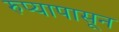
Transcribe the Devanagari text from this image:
रुप्यापासून